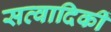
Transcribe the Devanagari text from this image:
सत्वादिकीं